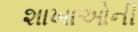
શાખાઓની